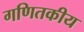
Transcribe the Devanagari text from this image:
गणितकीय